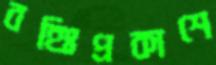
বহিঃপ্রকাশে